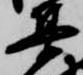
集